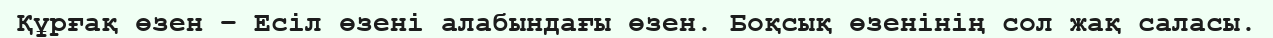
Құрғақ өзен – Есіл өзені алабындағы өзен. Боқсық өзенінің сол жақ саласы.